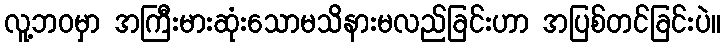
လူ့ဘဝမှာ အကြီးမားဆုံးသောမသိနားမလည်ခြင်းဟာ အပြစ်တင်ခြင်းပဲ။